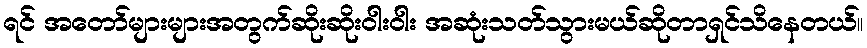
ရင် အတော်များများအတွက်ဆိုးဆိုးဝါးဝါး အဆုံးသတ်သွားမယ်ဆိုတာရှင်သိနေတယ်။